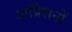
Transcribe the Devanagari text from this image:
ऑप्रेशनों